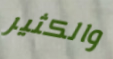
والكثير